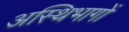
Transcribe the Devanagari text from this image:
अस्थिभागों